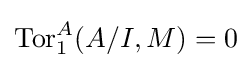
\operatorname {Tor} _{1}^{A}(A/I,M)=0